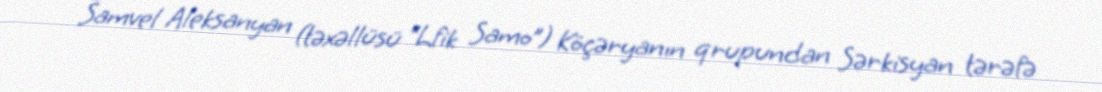
Samvel Aleksanyan (təxəllüsü “Lfik Samo”) Köçəryanın qrupundan Sərkisyan tərəfə